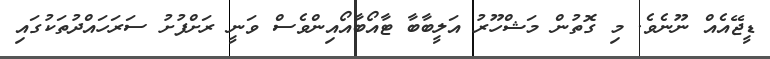
ޑީޖޭއެއް ނޫނެވެ. މި ގޮތުން މަޝްހޫރު އަލީބާބާ ޓާއޯބާއޯއިންވެސް ވަނީ ރަށްފުށު ސަރަހައްދުތަކުގައި